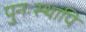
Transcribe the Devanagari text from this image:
पुनःस्थापि